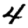
Digit: 4